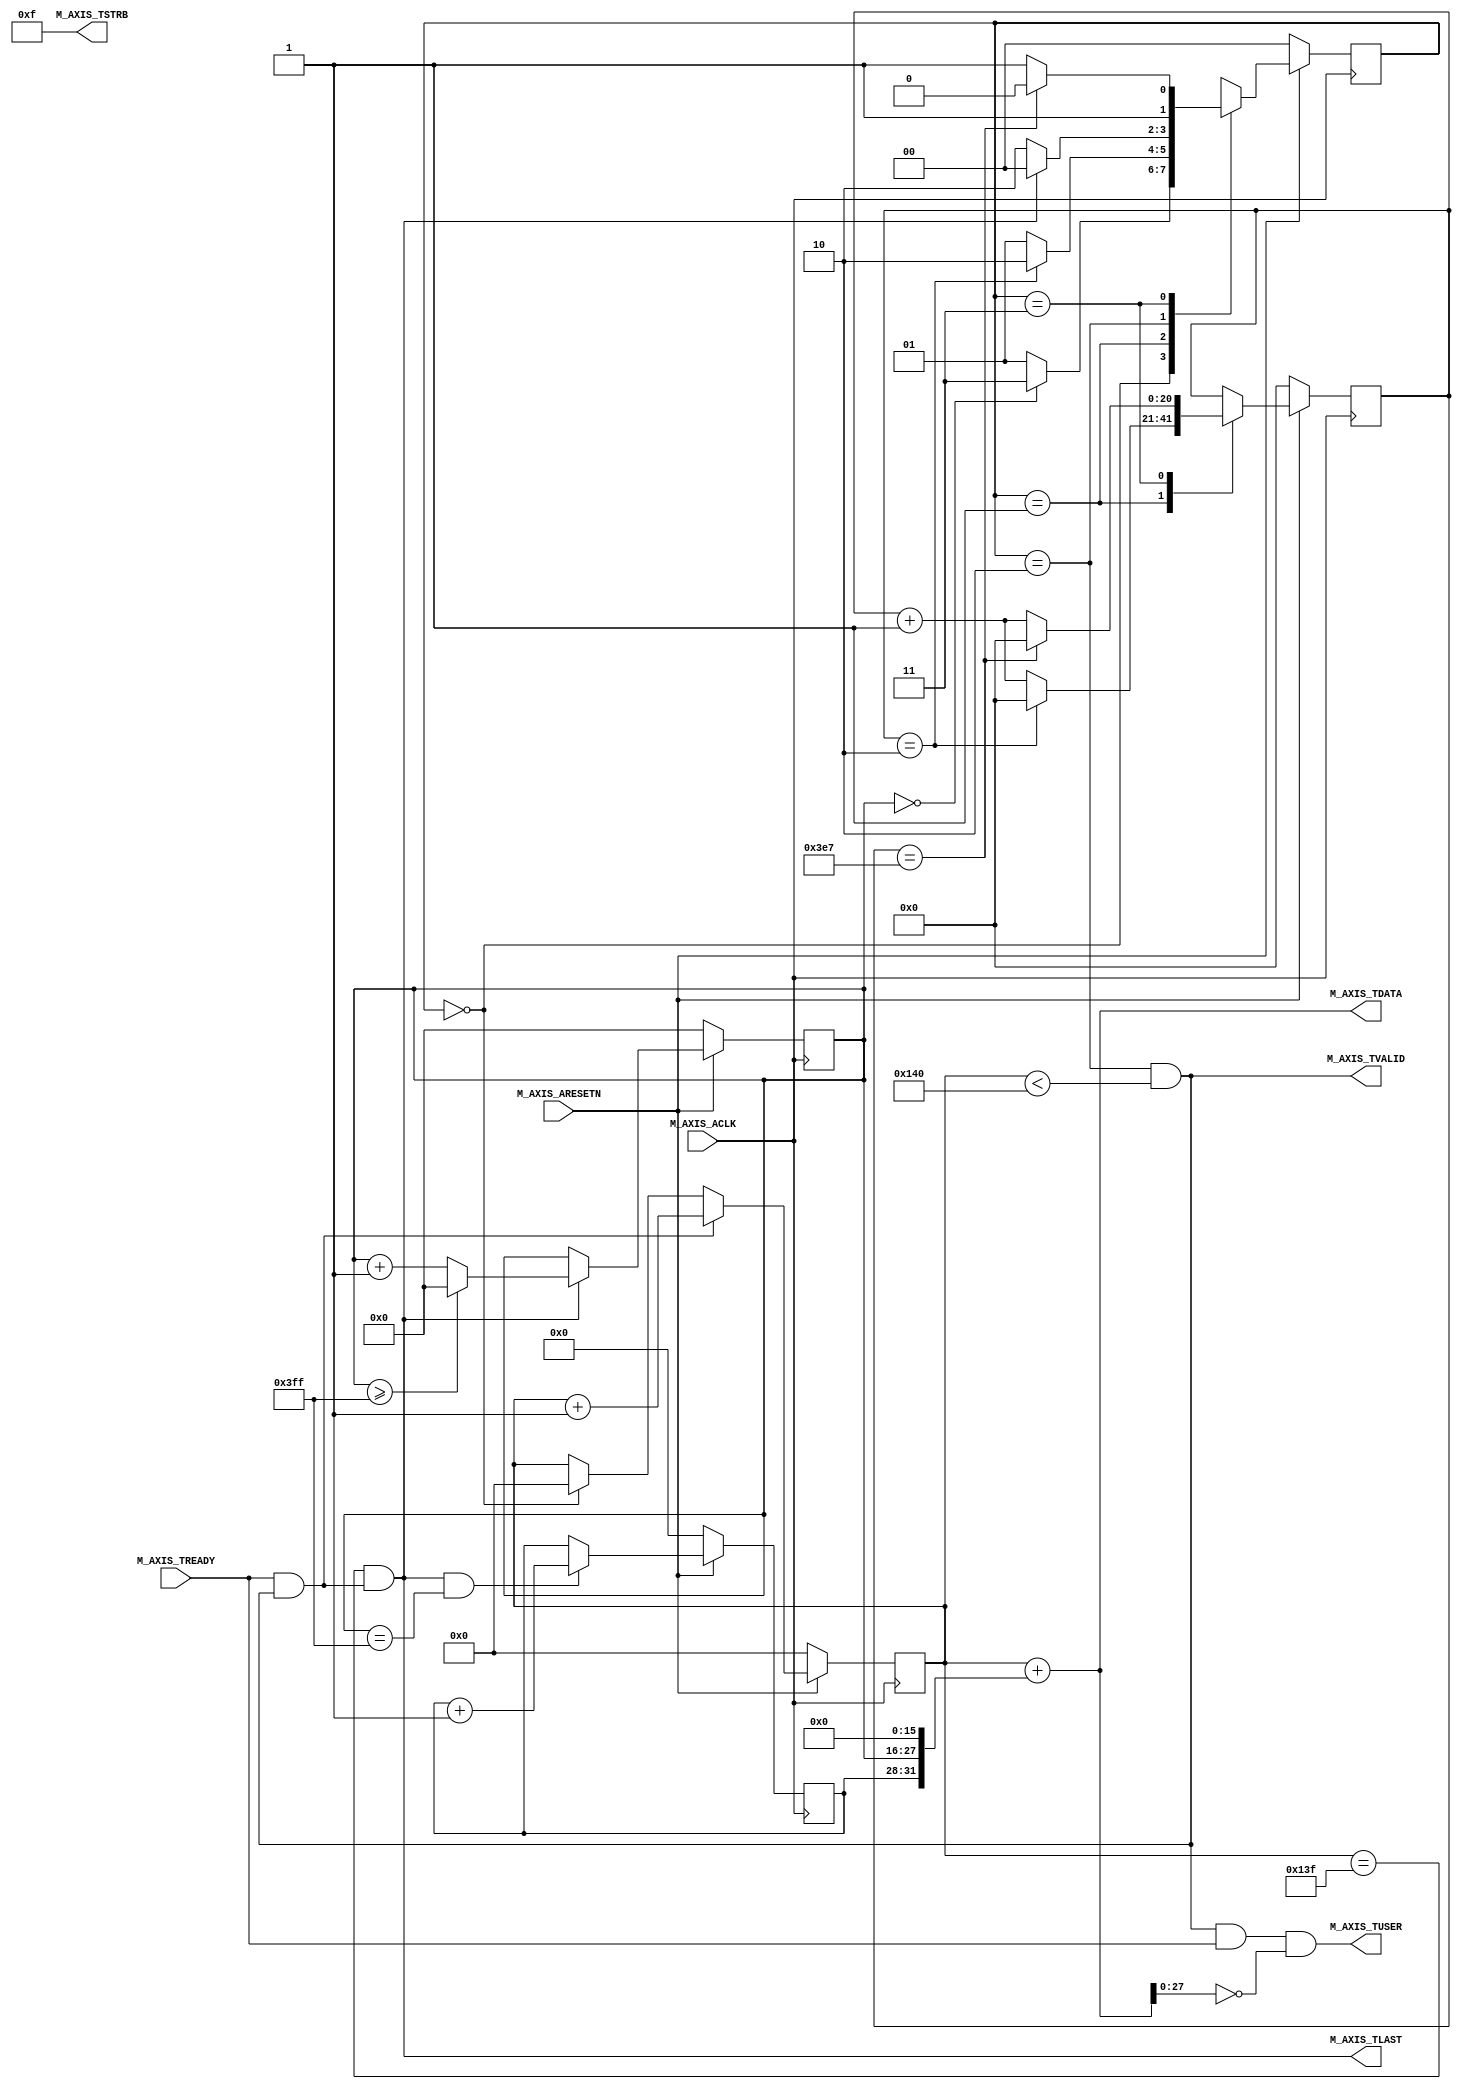
module maxis_v1_0_M00_AXIS #
(
	// Width of S_AXIS address bus. The slave accepts the read and write addresses of width C_M_AXIS_TDATA_WIDTH.
	parameter integer C_M_AXIS_TDATA_WIDTH = 32,
	// Start count is the number of clock cycles the master will wait before initiating/issuing any transaction.
	parameter integer C_M_START_COUNT = 3
	
    ,   parameter FRAME_DELAY = 2 //max 1024
    ,   parameter PIXELS_HORIZONTAL = 1280
    ,   parameter PIXELS_VERTICAL = 1024
)(
	// Global ports
	input wire M_AXIS_ACLK,
	//
	input wire M_AXIS_ARESETN,
	// Master Stream Ports. TVALID indicates that the master is driving a valid transfer, A transfer takes place when both TVALID and TREADY are asserted.
	output wire M_AXIS_TVALID,
	// TDATA is the primary payload that is used to provide the data that is passing across the interface from the master.
	output wire [C_M_AXIS_TDATA_WIDTH-1 : 0] M_AXIS_TDATA,
	// TSTRB is the byte qualifier that indicates whether the content of the associated byte of TDATA is processed as a data byte or a position byte.
	output wire [(C_M_AXIS_TDATA_WIDTH/8)-1 : 0] M_AXIS_TSTRB,
	// TLAST indicates the boundary of a packet.
	output wire M_AXIS_TLAST,
	// TREADY indicates that the slave can accept a transfer in the current cycle.
	input wire M_AXIS_TREADY,

	output wire M_AXIS_TUSER
);

assign M_AXIS_TUSER = M_AXIS_TVALID & M_AXIS_TREADY & (M_AXIS_TDATA[27:0] == 0);
// Total number of output data
localparam NUMBER_OF_OUTPUT_WORDS = PIXELS_HORIZONTAL/4;
// function called clogb2 that returns an integer which has the 
// value of the ceiling of the log base 2.
function integer clogb2 (input integer bit_depth);
begin
for(clogb2=0; bit_depth>0; clogb2=clogb2+1)
	bit_depth = bit_depth >> 1;
end
endfunction // WAIT_COUNT_BITS is the width of the wait counter.
localparam integer WAIT_COUNT_BITS = clogb2(C_M_START_COUNT-1);
// bit_num gives the minimum number of bits needed to address 'depth' size of FIFO.
localparam bit_num = clogb2(NUMBER_OF_OUTPUT_WORDS);
// Define the states of state machine 
// The control state machine oversees the writing of input streaming data to the FIFO,
// and outputs the streaming data from the FIFO
parameter [1:0] IDLE 			= 2'b00, 	// This is the initial/idle state
				INIT_COUNTER 	= 2'b01, 	// This state initializes the counter, once 
											// the counter reaches C_M_START_COUNT count,
											// the state machine changes state to SEND_STREAM
				SEND_STREAM 	= 2'b10, 	// In this state the 
											// stream data is output through M_AXIS_TDATA
											// State variable
				FRAME_INTERVAL = 2'b11;

reg [1:0] mst_exec_state;
// Example design FIFO read pointer
reg [bit_num-1:0] read_pointer;
// AXI Stream internal signals 
//wait counter. The master waits for the user defined number of clock cycles before initiating a transfer.
reg [20 : 0] count;
//streaming data valid 
wire axis_tvalid;
//Last of the streaming data 
wire axis_tlast; 
wire tx_en;
//The master has issued all the streaming data stored in FIFO
wire tx_done;
// I/O Connections assignments 
assign M_AXIS_TVALID 	= axis_tvalid;
assign M_AXIS_TDATA 	= read_pointer+{frame_cnt,vertical_cnt,16'h0};
assign M_AXIS_TLAST 	= axis_tlast;
assign M_AXIS_TSTRB 	= {(C_M_AXIS_TDATA_WIDTH/8){1'b1}};
// Control state machine implementation
always @(posedge M_AXIS_ACLK)begin
	if (!M_AXIS_ARESETN)
	// Synchronous reset (active low)
	begin 
		mst_exec_state <= IDLE;
		count <= 0;
	end
	else begin
		case (mst_exec_state)
			IDLE: 
				if (vertical_cnt == 0)
					mst_exec_state <= FRAME_INTERVAL;
				else 
					mst_exec_state <= INIT_COUNTER;
			INIT_COUNTER:
				// The slave starts accepting tdata when 
				// there tvalid is asserted to mark the 
				// presence of valid streaming data
				if ( count == C_M_START_COUNT - 1 )	begin 
					mst_exec_state <= SEND_STREAM;
					count <= 0;
				end
				else begin
					count <= count + 1; 
					mst_exec_state <= INIT_COUNTER;
				end
			SEND_STREAM:
				// The example design streaming master functionality starts // when the master drives output tdata from the FIFO and the slave // has finished storing the S_AXIS_TDATA
				if(tx_done) begin 
					mst_exec_state <= IDLE;
				end
				else begin 
					mst_exec_state <= SEND_STREAM;
				end
			FRAME_INTERVAL:
				// The slave starts accepting tdata when 
				// there tvalid is asserted to mark the 
				// presence of valid streaming data
				if ( count == 1000 - 1 )	begin 
					mst_exec_state <= SEND_STREAM;
					count <= 0;
				end
				else begin
					count <= count + 1; 
					mst_exec_state <= FRAME_INTERVAL;
				end
		endcase
	end
end
//tvalid generation 
//axis_tvalid is asserted when the control state machine's state is SEND_STREAM and
//number of output streaming data is less than the NUMBER_OF_OUTPUT_WORDS.
assign axis_tvalid = ((mst_exec_state == SEND_STREAM) && (read_pointer < NUMBER_OF_OUTPUT_WORDS));
// AXI tlast generation
assign axis_tlast = (read_pointer == NUMBER_OF_OUTPUT_WORDS - 1'b1) && tx_en;
assign tx_done = axis_tlast;
//FIFO read enable generation
assign tx_en = M_AXIS_TREADY && axis_tvalid;
//Streaming output data is read from FIFO
always @( posedge M_AXIS_ACLK )begin
	if(!M_AXIS_ARESETN)	begin
		read_pointer <= 0;
	end
	else if (tx_en)	begin
		read_pointer <= read_pointer + 32'b1;
	end
	else if(mst_exec_state == IDLE) begin
		read_pointer <= 0;
	end
end

reg     [3:0]   frame_cnt;
reg     [11:0]  vertical_cnt;

always@(posedge M_AXIS_ACLK) begin
    if(!M_AXIS_ARESETN) begin
        vertical_cnt   <=  0;
    end
    else if(M_AXIS_TLAST)begin
        vertical_cnt   <=  (vertical_cnt >= PIXELS_VERTICAL - 1) ? 0 : (vertical_cnt + 1);
    end
end

always@(posedge M_AXIS_ACLK) begin
    if(!M_AXIS_ARESETN) begin
        frame_cnt   <=  0;
    end
    else if(M_AXIS_TLAST & (vertical_cnt == PIXELS_VERTICAL - 1)) begin
        frame_cnt   <=  frame_cnt + 1;
    end
end

endmodule